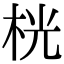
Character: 桄